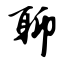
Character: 聊